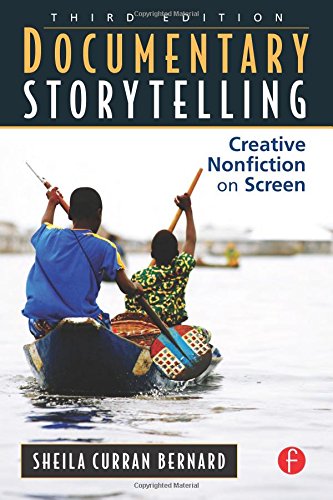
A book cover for Documentary Storytelling: Creative Nonfiction on Screen, 3rd Edition; Sheila Curran Bernard; Humor & Entertainment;